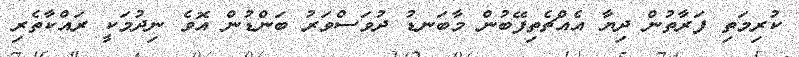
ކުރިމަތި ފަރާތުން ދިޔާ އެއްޗެތިފޭބުން މާބަނޑު ދުވަސްވަރު ބަންޑުން އޮވެ ނިދުމަކީ ރައްކާތެރި